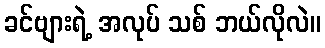
ခင်ဗျားရဲ့ အလုပ် သစ် ဘယ်လိုလဲ။